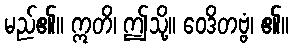
မည်၏။ ဣတိ၊ ဤသို့။ ဝေဒိတဗ္ဗံ၊ ၏။